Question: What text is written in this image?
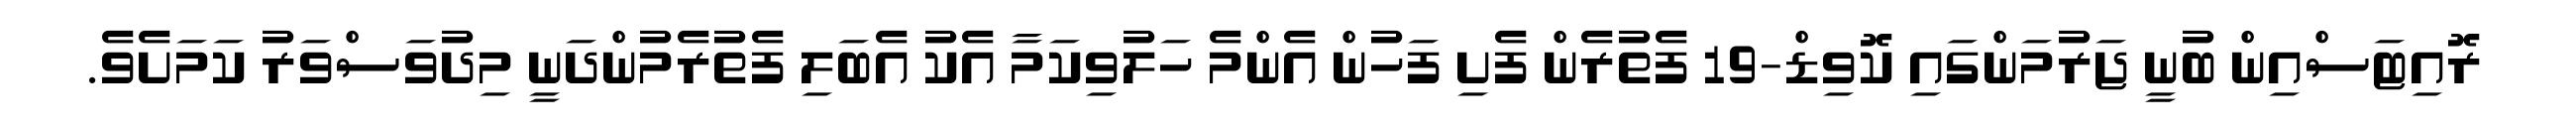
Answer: ރޮއިޓަސްއިން ބުނީ ޖަރުމަންގައި ކޮވިޑް-19 ފެތުރެން ފެށި ފަހުން އެންމެ ހަލުވިކަމާ އެކު އެބަލި ފެތުރެމުންދަނީ މިދުވަސްވަރު ކަމަށެވެ.